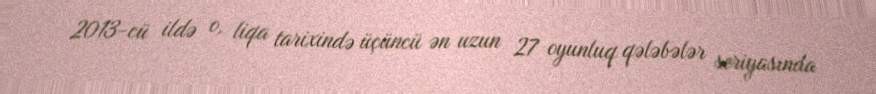
2013-cü ildə o, liqa tarixində üçüncü ən uzun 27 oyunluq qələbələr seriyasında